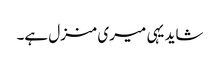
شاید یہی میری منزل ہے۔